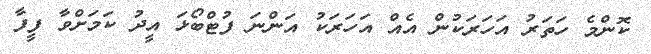
ކޮންމެ ހަތަރު އަހަރަކުން އެއް އަހަރަކު އަންނަ ފުޓްބޯޅަ އީދު ކަމަށްވާ ފީފާ